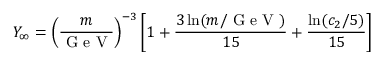
Y _ { \infty } = \left( \frac { m } { \textrm { G e V } } \right) ^ { - 3 } \left[ 1 + \frac { 3 \ln ( m / \textrm { G e V } ) } { 1 5 } + \frac { \ln ( c _ { 2 } / 5 ) } { 1 5 } \right]